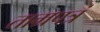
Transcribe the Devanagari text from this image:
ताम्रपत्रं